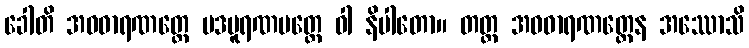
ခေါတိ အဝဓာရဏတ္ထေ ပဒပူရဏမတ္တေ ဝါ နိပါတော။ တတ္ထ အဝဓာရဏတ္ထေန အဿောသိ